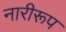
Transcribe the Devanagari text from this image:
नारीरूप